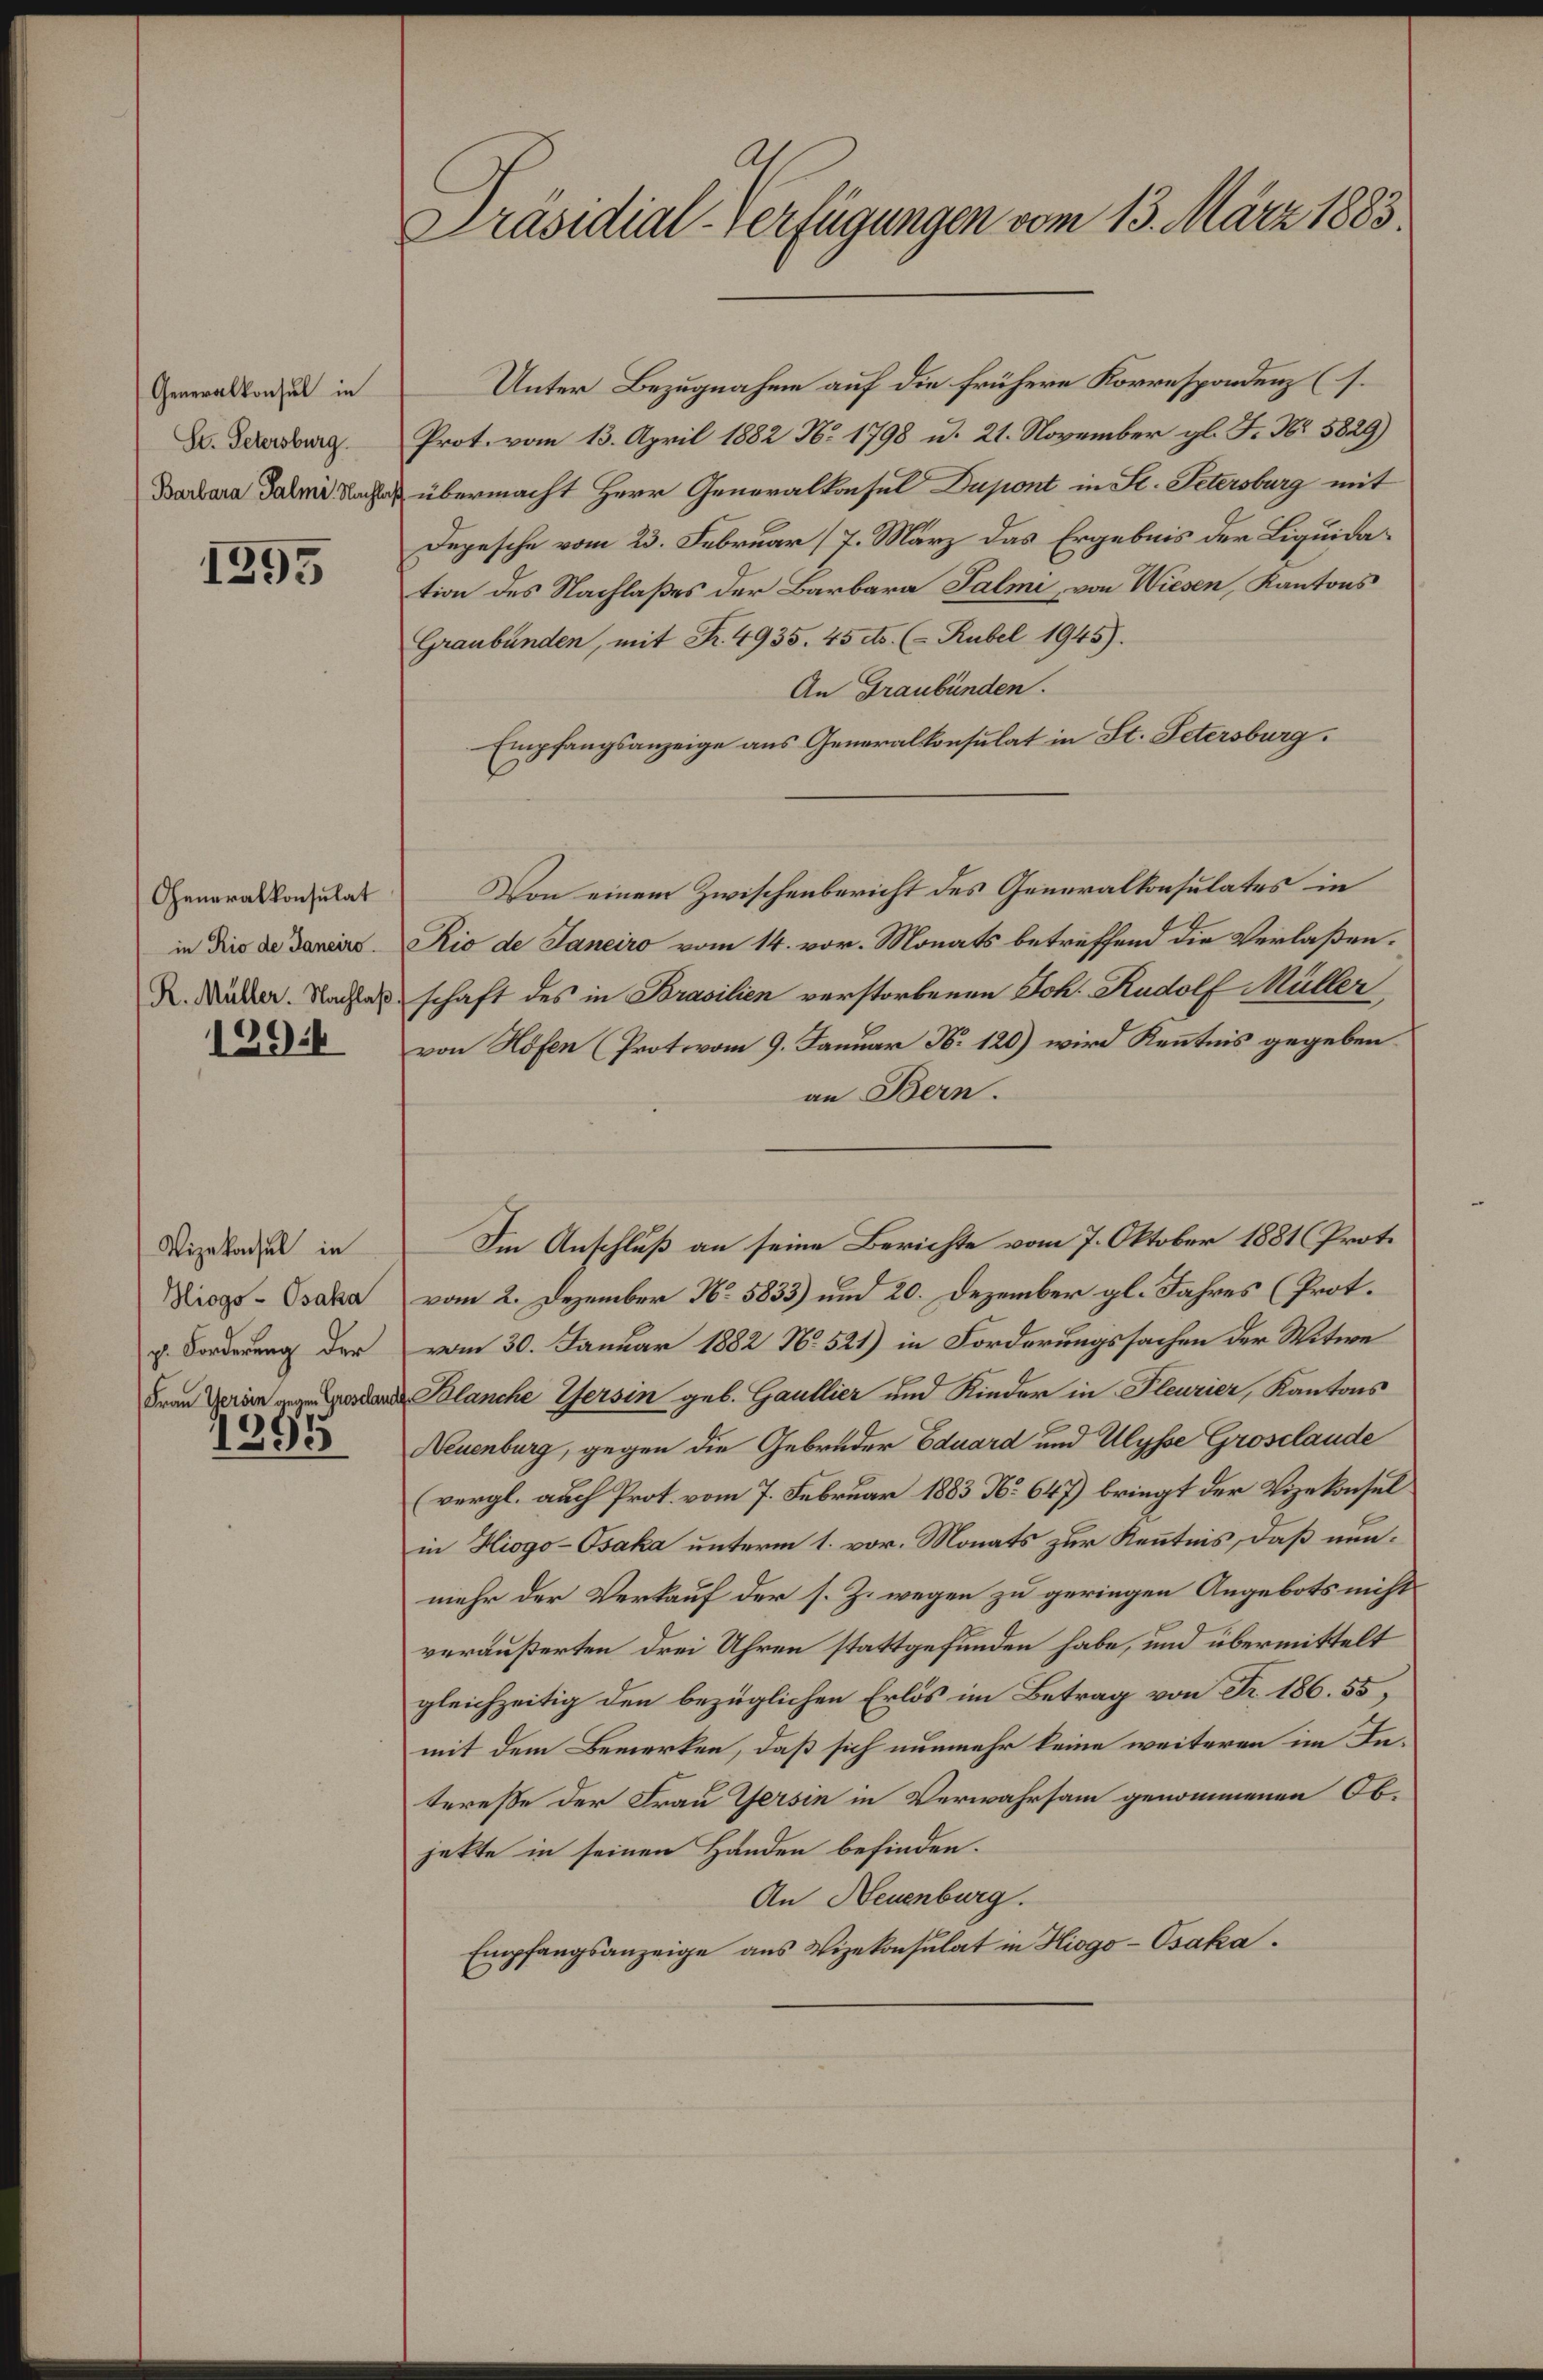
Generalkonsul in
St. Petersburg.
Barbara Palmi, Nachte

1395

Generalkonsulat

1294

Vizekonsul in
Hiogs-Osaka
p. Forderung der

1295

C
Präsidial-Verfügungen vom 13. März 1883.

Unter Bezugnahme auf die frühere Korrespondenz (s.
Prot. vom 13. April 1882 No 1798 u. 21. November gl. F. Nr. 5829)
u übermacht Herr Generalkonsul Dupont in St. Petersburg mit
Depesche vom 23. Februar (7. März das Ergebnis der Liquidation des Nachlaßes der Barbara Salmi, von Wiesen, Kantons
Graubünden, mit Fr. 4935. 45 cts. (Rubel 1945).
An Graubünden.
Empfangsanzeige aus Generalkonsulat in St. Petersburg.
in dies de daire. Rio de Janeiro vom 14. vor. Monats betreffend die Verlaßen.
D. Mäder. Nachtes schaft des in Brasilien verstorbenen Joh. Rudolf Müller
von Höfen (Prot vom 9. Januar N. 120) wird Kenntnis gegeben
an Bern.
Im Anschluß an seine Berichte vom 7. Oktober 1881 (Proto
vom 2. Dezember N. 5833) und 20. Dezember gl. Jahres (Prot.
vom 30. Januar 1882 No 521) in Forderungssachen der Witwe
Fralanche Versin geb. Gaullier und Kinder in Fleurier, Kantons
Neuenburg, gegen die Gebrüder Eduard und Ulysse Grosclaude
(vergl. auch Prot. vom 7. Februar 1883 No 647) bringt der Vizekonsul
in Hiogo-Osaka unterm 1. vor. Monats zur Kenntnis, daß nunmehr der Verkauf der s. Z. wegen zu geringen Angebots nicht
veräußerten drei Uhren stattgefunden habe, und übermittelt
gleichzeitig den bezüglichen Erlös im Betrag von Fr. 186. 55,
mit dem Bemerken, daß sich nunmehr keine weiteren im Interesse der Frau Gersin in Verwahrsam genommenen Objette in seinen Handen befinden.
An Neuenburg.
Empfangsanzeige aus Vizekonsulat in Hiogo-Osaka.

Von einem Zwischenbericht des Generalkonsulates in